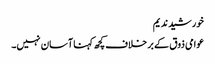
خورشید ندیم
عوامی ذوق کے بر خلاف کچھ کہنا آسان نہیں۔